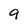
Character: 9